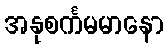
အနုစင်္ကမမာနော